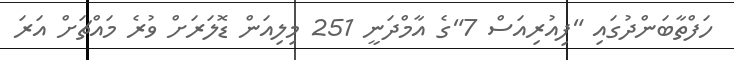
ހަފްތާބަންދުގައި "ފިއުރިއަސް 7"ގެ އާމްދަނީ 251 މިލިއަން ޑޮލަރަށް ވުރެ މައްޗަށް އަރަ